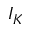
I _ { K }